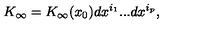
K _ { \infty } = K _ { \infty } ( x _ { 0 } ) d x ^ { i _ { 1 } } . . . d x ^ { i _ { p } } ,